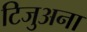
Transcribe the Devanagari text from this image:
टिजुअना